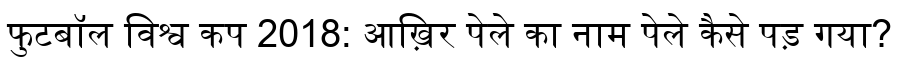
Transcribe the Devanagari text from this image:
फुटबॉल विश्व कप 2018: आख़िर पेले का नाम पेले कैसे पड़ गया?